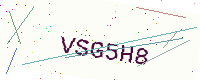
Text: VSG5H8